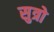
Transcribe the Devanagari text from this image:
सुत्रो